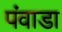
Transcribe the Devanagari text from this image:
पंवाडा